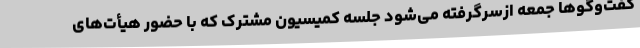
گفت‌وگوها جمعه ازسرگرفته می‌شود جلسه کمیسیون مشترک که با حضور هیأت‌های